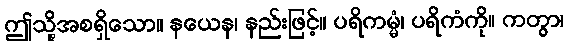
ဤသို့အစရှိသော။ နယေန၊ နည်းဖြင့်။ ပရိကမ္မံ၊ ပရိကံကို။ ကတွာ၊